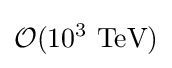
{\mathcal {O}}(10^{3}{\hbox{ TeV}})